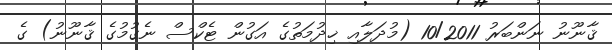
ޤާނޫނު ނަންބަރު 10/2011 (މުދަލާއި ޚިދުމަތުގެ އަގުން ޓެކްސް ނެގުމުގެ ޤާނޫނު) ގެ